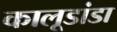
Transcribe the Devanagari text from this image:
कालूडांडा